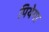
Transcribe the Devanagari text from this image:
पियेगा